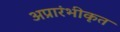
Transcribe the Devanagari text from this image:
अप्रारंभीकृत